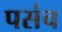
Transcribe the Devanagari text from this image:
पसंच